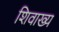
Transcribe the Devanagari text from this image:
शिवाख्य